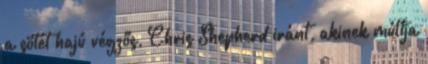
a sötét hajú végzős, Chris Shepherd iránt, akinek múltja